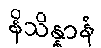
နိသိန္နာနံ